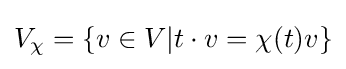
V_{\chi }=\{v\in V|t\cdot v=\chi (t)v\}